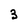
Character: 3